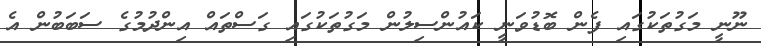
ނޫނީ މަގުތަކުގައި ފެން ބޮޑުވަނީ ކައުންސިލުން މަގުތަކުގައި ގަސްތައް އިންދުމުގެ ސަބަބުން އެ